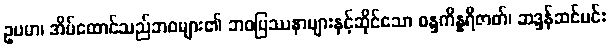
ဥပမာ၊ အိမ်ထောင်သည်ဘဝများ၏ ဘဝပြဿနာများနှင့်ဆိုင်သော စန္ဒကိန္နရီဇာတ်၊ ဆဒ္ဒန်ဆင်မင်း